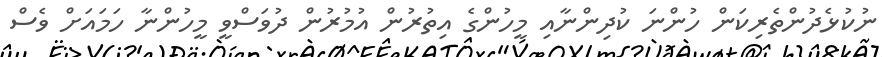
ނުކުޅެދުންތެރިކަން ހުންނަ ކުދިންނާއި މީހުންގެ އިތުރުން އުމުރުން ދުވަސްވީ މީހުންނާ ހަމައަށް ވެސް